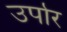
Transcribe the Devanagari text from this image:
उर्पार